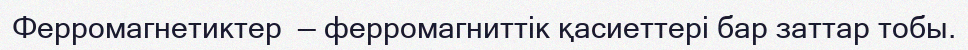
Ферромагнетиктер  — ферромагниттік қасиеттері бар заттар тобы.